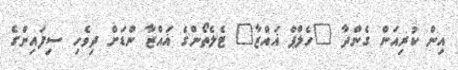
އިން ކުރިއަށް ގެންދާ "ހެލްޕް ޣައްޒާ" ޓެލެތޯންގެ ޣައްޒާ ންޑަށް ދިވެހި ސިފައިންގެ